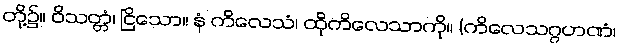
တို့၌။ ဝိသတ္တံ၊ ငြိသော။ နံ ကိလေသံ၊ ထိုကိလေသာကို။ (ကိလေသဂ္ဂဟဏံ၊